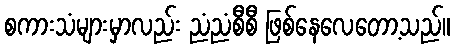
စကားသံများမှာလည်း ညံညံစီစီ ဖြစ်နေလေတော့သည်။